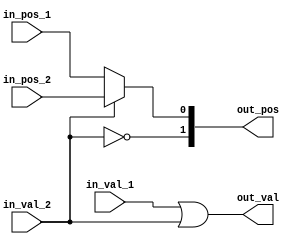
// Copyright 2023 MERL-DSU

// Licensed under the Apache License, Version 2.0 (the "License"); you may not use 
// this file except in compliance with the License. You may obtain a copy of the License at

//   http://www.apache.org/licenses/LICENSE-2.0

// Unless required by applicable law or agreed to in writing, software distributed under the 
// License is distributed on an "AS IS" BASIS, WITHOUT WARRANTIES OR CONDITIONS OF ANY KIND, 
// either express or implied. See the License for the specific language governing permissions 

module FPU_LZD_mux  (in_pos_1, in_val_1, in_pos_2, in_val_2, out_pos, out_val);

//Position of MSB set will be termed as P2
//Position of LSB set will be termed as P1 

parameter layer = 1;

input [layer-1 : 0] in_pos_1, in_pos_2;
input in_val_1, in_val_2;

output [layer : 0]out_pos;
output out_val;

assign out_val = in_val_1 | in_val_2;
assign out_pos = in_val_2 ? {!in_val_2, in_pos_2} : {!in_val_2, in_pos_1} ; 

endmodule